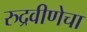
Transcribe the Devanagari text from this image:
रुद्रवीणेचा